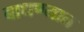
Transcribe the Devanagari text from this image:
बाधण्यात